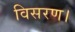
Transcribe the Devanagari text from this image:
विसरण।